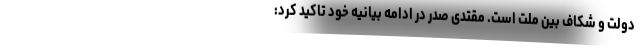
دولت و شکاف بین ملت است. مقتدی صدر در ادامه بیانیه خود تاکید کرد: